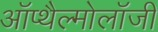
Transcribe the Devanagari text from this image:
ऑप्थैल्मोलॉजी